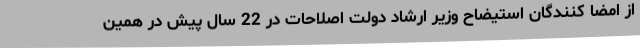
از امضا کنندگان استیضاح وزیر ارشاد دولت اصلاحات در 22 سال پیش در همین